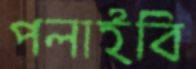
পলাইবি